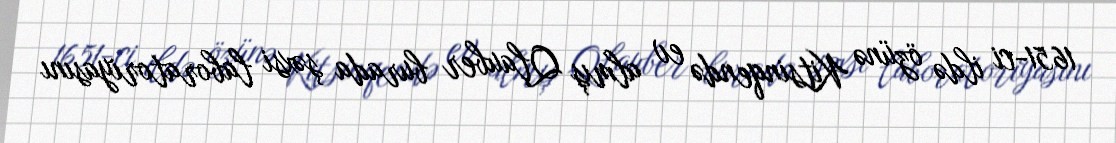
1651-ci ildə özünə Kitsinqendə ev almış Qlauber burada şəxsi laboratoriyasını